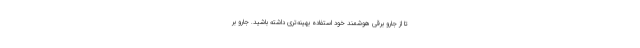
تا از جارو برقی هوشمند خود استفاده بهینه‌تری داشته باشید. جارو بر